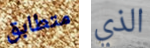
متطابق الذي